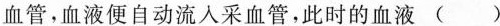
采血管，血液便自动流入采血管，此时的血液 ( )